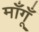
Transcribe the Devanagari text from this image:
माँगूँ